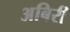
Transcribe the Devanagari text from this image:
अबिरी